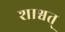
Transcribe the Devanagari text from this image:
शाश्वत्‌